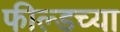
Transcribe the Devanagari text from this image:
फील्डच्या